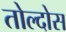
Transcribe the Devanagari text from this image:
तोल्दोस